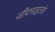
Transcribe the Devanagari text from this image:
जीवनाइतके